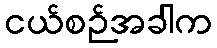
ငယ်စဉ်အခါက